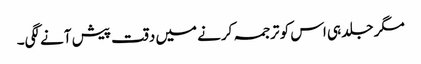
مگر جلد ہی اس کو ترجمہ کرنے میں دقت پیش آنے لگی۔